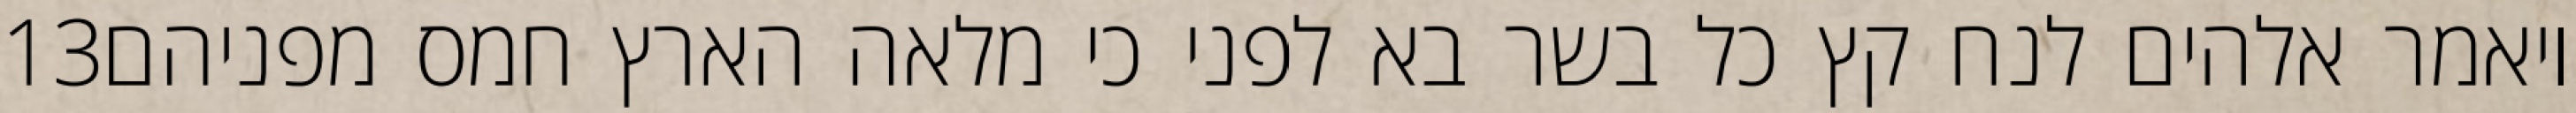
‎13‏ ויאמר אלהים לנח קץ כל בשר בא לפני כי מלאה הארץ חמס מפניהם